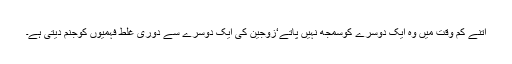
اتنے کم وقت میں وہ ایک دوسرے کوسمجھ نہیں پاتے‘زوجین کی ایک دوسرے سے دوری غلط فہمیوں کوجنم دیتی ہے۔